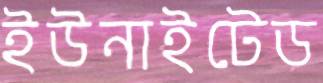
ইউনাইটেড